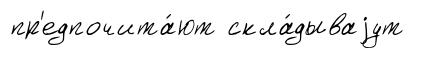
пр'едпочита́ют скла́дываjут